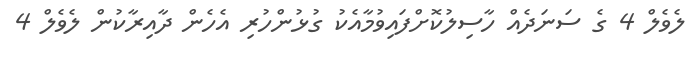
ލެވެލް 4 ގެ ސަނަދެއް ހާސިލުކޮށްފައިވުމާއެކު ގުޅުންހުރި އެހެން ދާއިރާކުން ލެވެލް 4